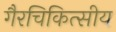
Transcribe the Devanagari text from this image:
गैरचिकित्सीय